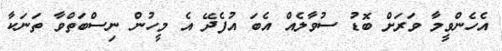
އެހެންވީމާ ވަރަށް ބޮޑު ސުވާލެއް އެބަ އުފެދޭ އެ މީހުން ނިސްބަތްވާ ތަނަކާ